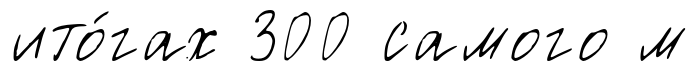
ито́гах 300 самого м